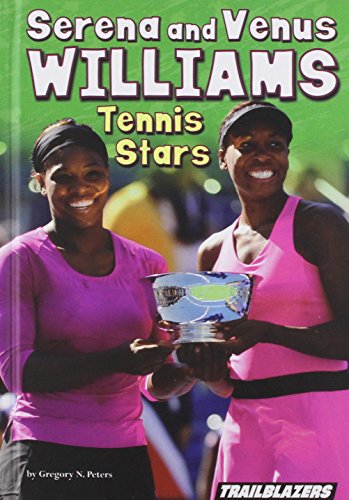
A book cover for Serena and Venus Williams Tennis Stars (Sports and Recreation); Gregory N Peters; Children's Books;